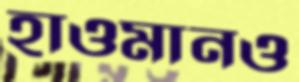
হাওমানও